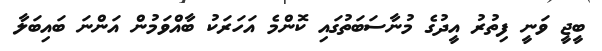
ބީޖީ ވަނީ ފިތުރު އީދުގެ މުނާސަބަތުގައި ކޮންމެ އަހަރަކު ބާއްވަމުން އަންނަ ބައިބަލާ